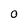
Character: 0